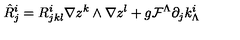
\hat { R } _ { j } ^ { i } = R _ { j k l } ^ { i } \nabla z ^ { k } \wedge \nabla z ^ { l } + g { \cal F } ^ { \Lambda } \partial _ { j } k _ { \Lambda } ^ { i }